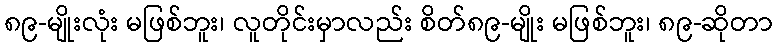
၈၉-မျိုးလုံး မဖြစ်ဘူး၊ လူတိုင်းမှာလည်း စိတ်၈၉-မျိုး မဖြစ်ဘူး၊ ၈၉-ဆိုတာ